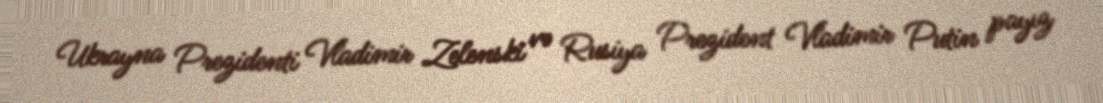
Ukrayna Prezidenti Vladimir Zelenski və Rusiya Prezident Vladimir Putin payız